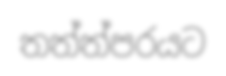
තත්ත්පරයට